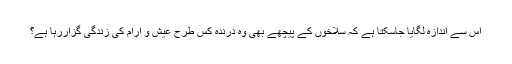
اس سے اندازہ لگایا جاسکتا ہے کہ سلاخوں کے پیچھے بھی وہ درندہ کس طرح عیش و آرام کی زندگی گزاررہا ہے؟